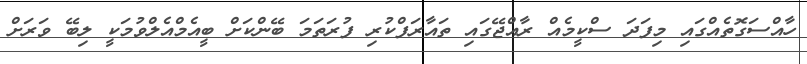
ހާއްސަގޮތެއްގައި މިފަދަ ސްކީމެއް ރާއްޖޭގައި ތައާރަފްކުރި ފުރަތަމަ ބޭންކަށް ބީއެމްއެލްވުމަކީ ލިބޭ ވަރަށް